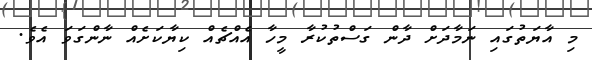
މި އާޔަތުގައި ނަމާދަށް ދާން ގަސްތުކުރާ މީހާ އެއްޗެއް ކިޔާކަށެއް ނާންގަވަ އެވެ.